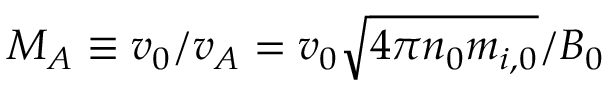
M _ { A } \equiv v _ { 0 } / v _ { A } = v _ { 0 } \sqrt { 4 \pi n _ { 0 } m _ { i , 0 } } / B _ { 0 }